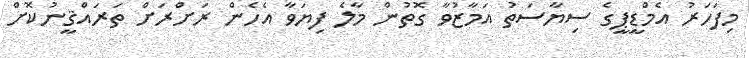
މިފަހަރު އެމްޑީޕީގެ ސިޔާސަތު އަމާޒުވާ ގޮތުން މާލެ ފިޔަވާ އެހެން ރަށްރަށް ތަރައްޤީނުކޮށް